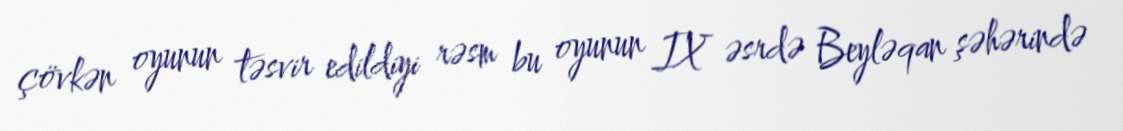
çövkən oyunun təsvir edildiyi rəsm bu oyunun IX əsrdə Beyləqan şəhərində